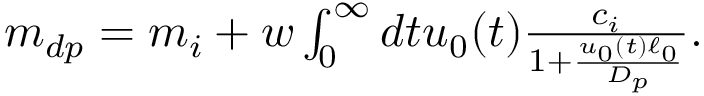
\begin{array} { r } { m _ { d p } = m _ { i } + w \int _ { 0 } ^ { \infty } d t u _ { 0 } ( t ) \frac { c _ { i } } { 1 + \frac { u _ { 0 } ( t ) \ell _ { 0 } } { D _ { p } } } . } \end{array}